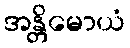
အန္တိမောယံ